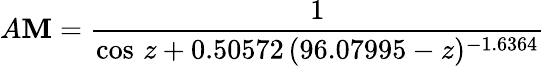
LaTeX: A\mathbf{M}={\frac{{1}}{{\cos\, z+0.50572\, (96.07995-z)^{-1.6364}}}}